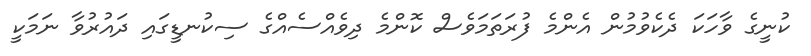
ކުނީގެ ވާހަކަ ދެކެވުމުން އެންމެ ފުރަތަމަވެސް ކޮންމެ ދިވެއްސެއްގެ ސިކުނޑީގައި ދައުރުވާ ނަމަކީ